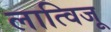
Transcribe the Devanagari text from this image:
लात्विजू